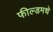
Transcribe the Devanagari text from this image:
फील्डमधे